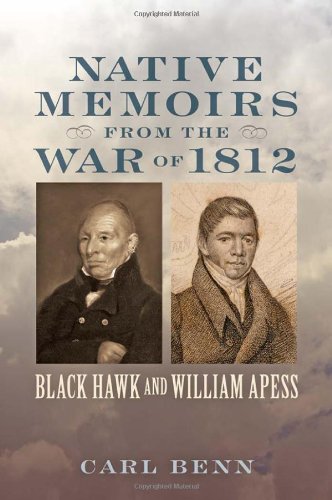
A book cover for Native Memoirs from the War of 1812: Black Hawk and William Apess (Johns Hopkins Books on the War of 1812); Carl Benn; History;